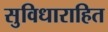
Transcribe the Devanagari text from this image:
सुविधाराहित